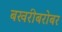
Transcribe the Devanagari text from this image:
बखरीबरोबर